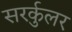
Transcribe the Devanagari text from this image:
सरर्कुलर